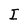
Character: I